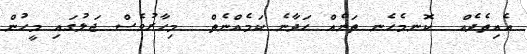
އެއިތެދެއް  ކޮނމެހެނ ތަނެއް ހަދާނެ ކަމެއްނެތް  މިހާރުވެސް ޖަލުގައި މީހުން